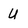
Character: U